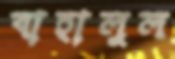
বাহালুল